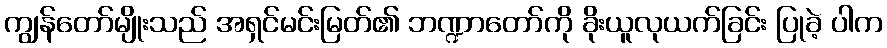
ကျွန်တော်မျိုးသည် အရှင်မင်းမြတ်၏ ဘဏ္ဍာတော်ကို ခိုးယူလုယက်ခြင်း ပြုခဲ့ ပါက